Vaccination United Provinces of Agra and Oudh 1923-1928 - 1923-1928
Year: 1923
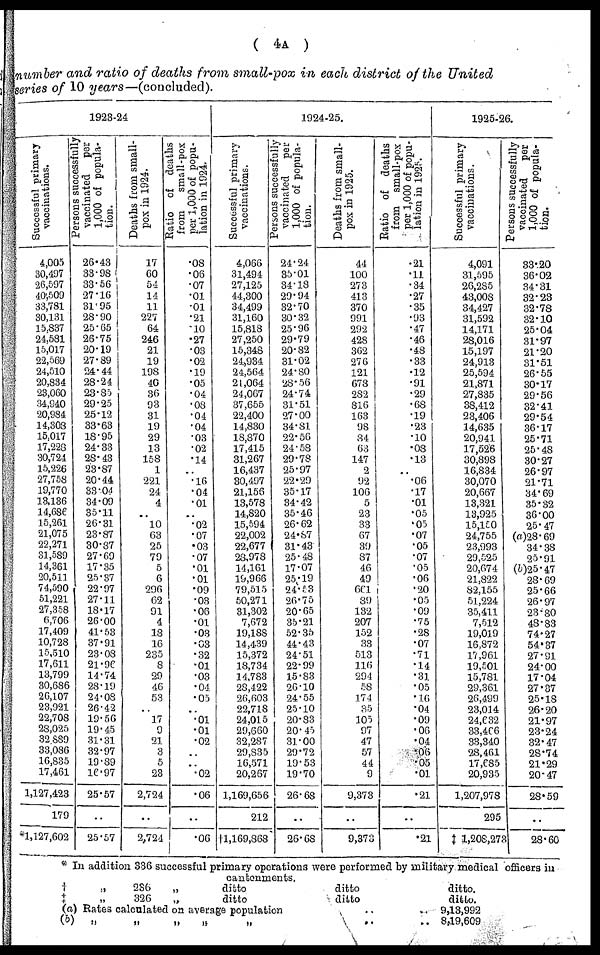
( 4A )
number and ratio of deaths from small-pox in each district of the United
series of 10 years—(concluded).
1923-24
Successful primary
vaccinations.
4,005
30,497
26,597
40,509
33,781
30,131
15,837
24,581
15,017
22,569
24,510
20,834
23,060
34,940
20,984
14,308
15,017
17,228
30,724
15,226
27,758
19,770
13,136
14,686
15,261
21,075
22,271
31,589
14,361
20,511
74,590
51,221
27,358
6,706
17,409
10,728
15,510
17,611
13,799
30,686
26,107
23,921
22,708
28,025
32,889
33,086
16,835
17,461
1,127,423
179
*1,127,602
Persons successfuly
vaccinated per
1,000 of popula-
tion.
26.43
33.98
33.56
27.16
31.95
28.90
25.65
26.75
20.19
27.89
24.44
28.24
23.85
29.25
25.12
33.63
18.95
24.33
28.43
23.87
20.44
33.04
34.09
35.11
26.31
23.87
30.87
27.69
17.35
25.37
22.97
27.11
18.17
26.00
41.53
37.91
23.08
21.96
14.74
28.19
24.08
26.42
19.56
19.45
31.31
32.97
19.89
16.97
25.57
..
25.57
Deaths from small-
pox in 1924.
17
60
54
14
11
227
64
246
21
19
198
40
36
93
31
19
29
13
158
1
221
24
4
..
10
63
25
79
5
6
296
62
91
4
18
16
235
8
29
46
53
..
17
9
21
3
5
23
2,724
..
2,724
Ratio or deaths
from
small-pox
per 1,000 of popu-
lation in 1924.
.08
.06
.07
.01
.01
.21
.10
.27
.03
.02
.19
.05
.04
.08
.04
.04
.03
.02
.14
..
.16
.04
.01
..
.02
.07
.03
.07
.01
.01
.09
.03
.06
.01
.03
.03
.32
.01
.03
.04
.05
..
.01
.01
.02
..
..
.02
.06
..
.06
1924-25.
Successful primary
vaccinations.
4,066
31,494
27,125
44,300
34,499
31,160
15,818
27,250
15,348
24,934
24,564
21,064
24,067
37,655
22,400
14,830
18,870
17,415
31,267
16,437
30,497
21,156
13,578
14,820
15,594
22,002
22,677
28,978
14,161
19,966
79,515
50,271
31,302
7,672
19,188
14,439
15,372
18,734
14,783
28,422
26,603
22,718
24,015
29,660
32,287
29,835
16,571
20,267
1,169,656
212
†1,169,868
Persons successfully
vaccinated
per
1,000 of popula-
tion.
24.24
35.01
34.18
29.94
32.70
30.32
25.96
29.79
20.82
31.02
24.80
28.56
24.74
31.51
27.00
34.81
22.56
24.58
29.78
25.97
22.29
35.17
34.42
35.46
26.62
24.87
31.43
25.48
17.07
25.19
24.53
26.75
20.65
35.21
52.35
44.43
24.51
22.99
15.83
26.10
24.55
25.10
20.83
20.45
31.00
29.72
19.53
19.70
26.68
..
26.68
Deaths from small-
pox in 1925.
44
100
273
413
370
991
292
428
362
276
121
678
282
816
163
98
84
63
147
2
92
106
5
23
33
67
39
87
46
49
661
89
132
207
152
33
513
116
294
58
174
35
105
97
47
57
44
9
9,373
..
9,373
Ratio of deaths
from small-pox
per 1,000 of popu-
lation in 1925.
.21
.11
.34
.27
.35
.93
.47
.46
.48
.33
.12
.91
.29
.68
.19
.23
.10
.08
.13
..
.06
.17
.01
.05
.05
.07
.05
.07
.05
.06
.20
.05
.09
.75
.28
.07
.71
.14
.31
.05
.16
.04
.09
.06
.04
.06
.05
.01
.21
..
.21
1925-26.
Successful primary
vaccinations.
4,091
31,595
26,285
43,008
34,427
31,592
14,171
28,016
15,197
24,913
25,594
21,871
27,835
38,412
23,406
14,635
20,941
17,526
30,898
16,834
30,070
20,667
13,321
13,925
15,150
24,755
23,993
29,525
20,674
21,822
82,155
51,224
35,411
7,512
19,019
16,872
17,961
19,501
15,781
29,361
26,499
23,014
24,632
33,466
33,340
28,461
17,685
20,935
1,207,978
295
‡ 1,208,273
Persons successfully
vaccinated
per
1,000
of
popula-
tion.
33.20
36.02
34.31
32.23
32.78
32.10
25.04
31.97
21.20
31.51
26.55
30.17
29.56
32.41
29.54
36.17
25.71
25.48
30.27
26.97
21.71
34.69
35.32
36.00
25.47
(a)28.69
34.38
25.91
(b)25.47
28.69
25.66
26.97
23.80
48.83
74.27
54.37
27.91
24.00
17.04
27.37
25.18
26.20
21.97
23.24
32.47
28.74
21.29
20.47
28.59
..
28.60
* In addition 336 successful primary operations were performed by military medical officers in
cantonments.
†
„
236
„
ditto
ditto
ditto.
‡
„
326
„
ditto
ditto
ditto.
(a) Rates calculated on average population
9,13,992
(b) „
„
„
„
„
8,19,609